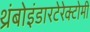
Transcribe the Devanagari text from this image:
थ्रंबोइंडारटेरेक्टोमी